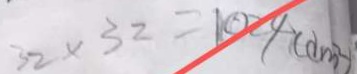
3 2 \times 3 2 = 1 0 2 4 ( d m ^ { 2 } )